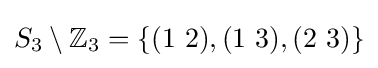
S_{3}\setminus \mathbb {Z} _{3}=\{(1\ 2),(1\ 3),(2\ 3)\}